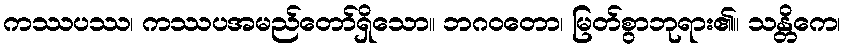
ကဿပဿ၊ ကဿပအမည်တော်ရှိသော။ ဘဂဝတော၊ မြတ်စွာဘုရား၏။ သန္တိကေ၊